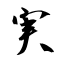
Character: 実